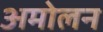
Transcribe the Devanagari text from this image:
अमोलन